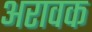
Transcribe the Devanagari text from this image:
अरावक